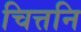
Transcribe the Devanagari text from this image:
चित्तनि